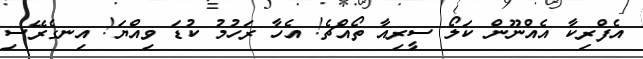
އެފްރިކާ އެއްނޫން ކަލޯ ސީރިއާ ތޯއްޗެ! އެހާ ރަހުމު ކުޑަ ވިއްޔަ! އިނގެރޭސި